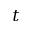
t